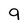
Character: 9